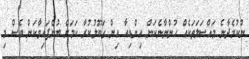
ނުކުމެދާނެ މައްސަލަތަކެއް ހުންނާނެކަން އިންޑިއާ އިން ގަބޫލުކުރާ ކަމަށް ބުނެފައިވާކަން ވެސް މި